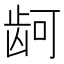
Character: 𮯙